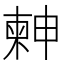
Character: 𣍃